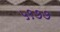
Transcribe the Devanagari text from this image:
५९७७